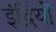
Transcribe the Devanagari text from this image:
इंद्रियोँ